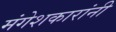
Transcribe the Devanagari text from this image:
मंगेशकारांनी